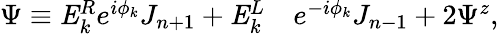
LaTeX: \begin{array}{rl}{\Psi\equiv\mathit{{E}}_{k}^{R}e^{i\phi_{k}}J_{n+1}+\mathit{{E}}_{k}^{L}}&{{}e^{-i\phi_{k}}J_{n-1}+2\Psi^{z},}\end{array}